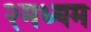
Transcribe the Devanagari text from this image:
२मध्यम